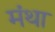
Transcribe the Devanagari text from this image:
मंथा